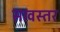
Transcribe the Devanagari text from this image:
सावस्तर